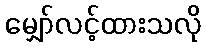
မျှော်လင့်ထားသလို